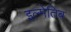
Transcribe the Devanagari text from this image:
इल्मेतिब